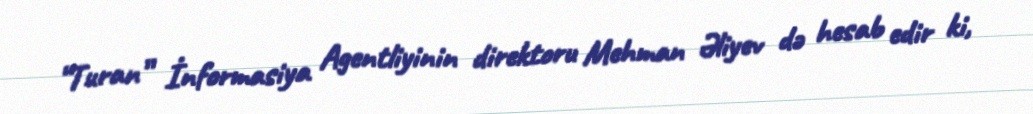
“Turan” İnformasiya Agentliyinin direktoru Mehman Əliyev də hesab edir ki,